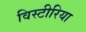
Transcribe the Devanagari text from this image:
विस्टीरिया